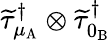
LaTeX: \widetilde{\tau}_{\mu_{\mathrm{A}}}^{\dagger}\otimes\widetilde{\tau}_{0_{\mathrm{B}}}^{\dagger}